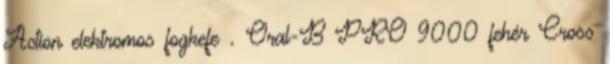
Action elektromos fogkefe . Oral-B PRO 9000 fehér Cross